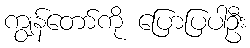
ကျွန်တော်ကို ပြောပြပါဦး